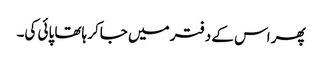
پھر اس کے دفتر میں جاکر ہاتھا پائی کی۔